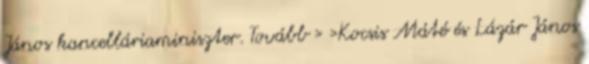
János kancelláriaminiszter. Tovább › ›Kocsis Máté és Lázár János